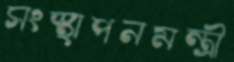
সংস্থাপনমন্ত্রী